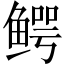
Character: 鳄